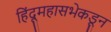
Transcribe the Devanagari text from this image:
हिंदूमहासभेकडून